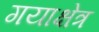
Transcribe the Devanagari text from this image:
गयाक्षेत्र